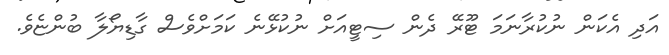
އަދި އެކަން ނުކުރާނަމަ ޓޫރޭ ދެން ސިޓީއަށް ނުކުޅޭނެ ކަމަށްވެސް ގާޑިޔޯލާ ބުންޏެވެ.